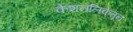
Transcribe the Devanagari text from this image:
केशनलिकेतून